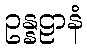
ဥန္နဠာနံ